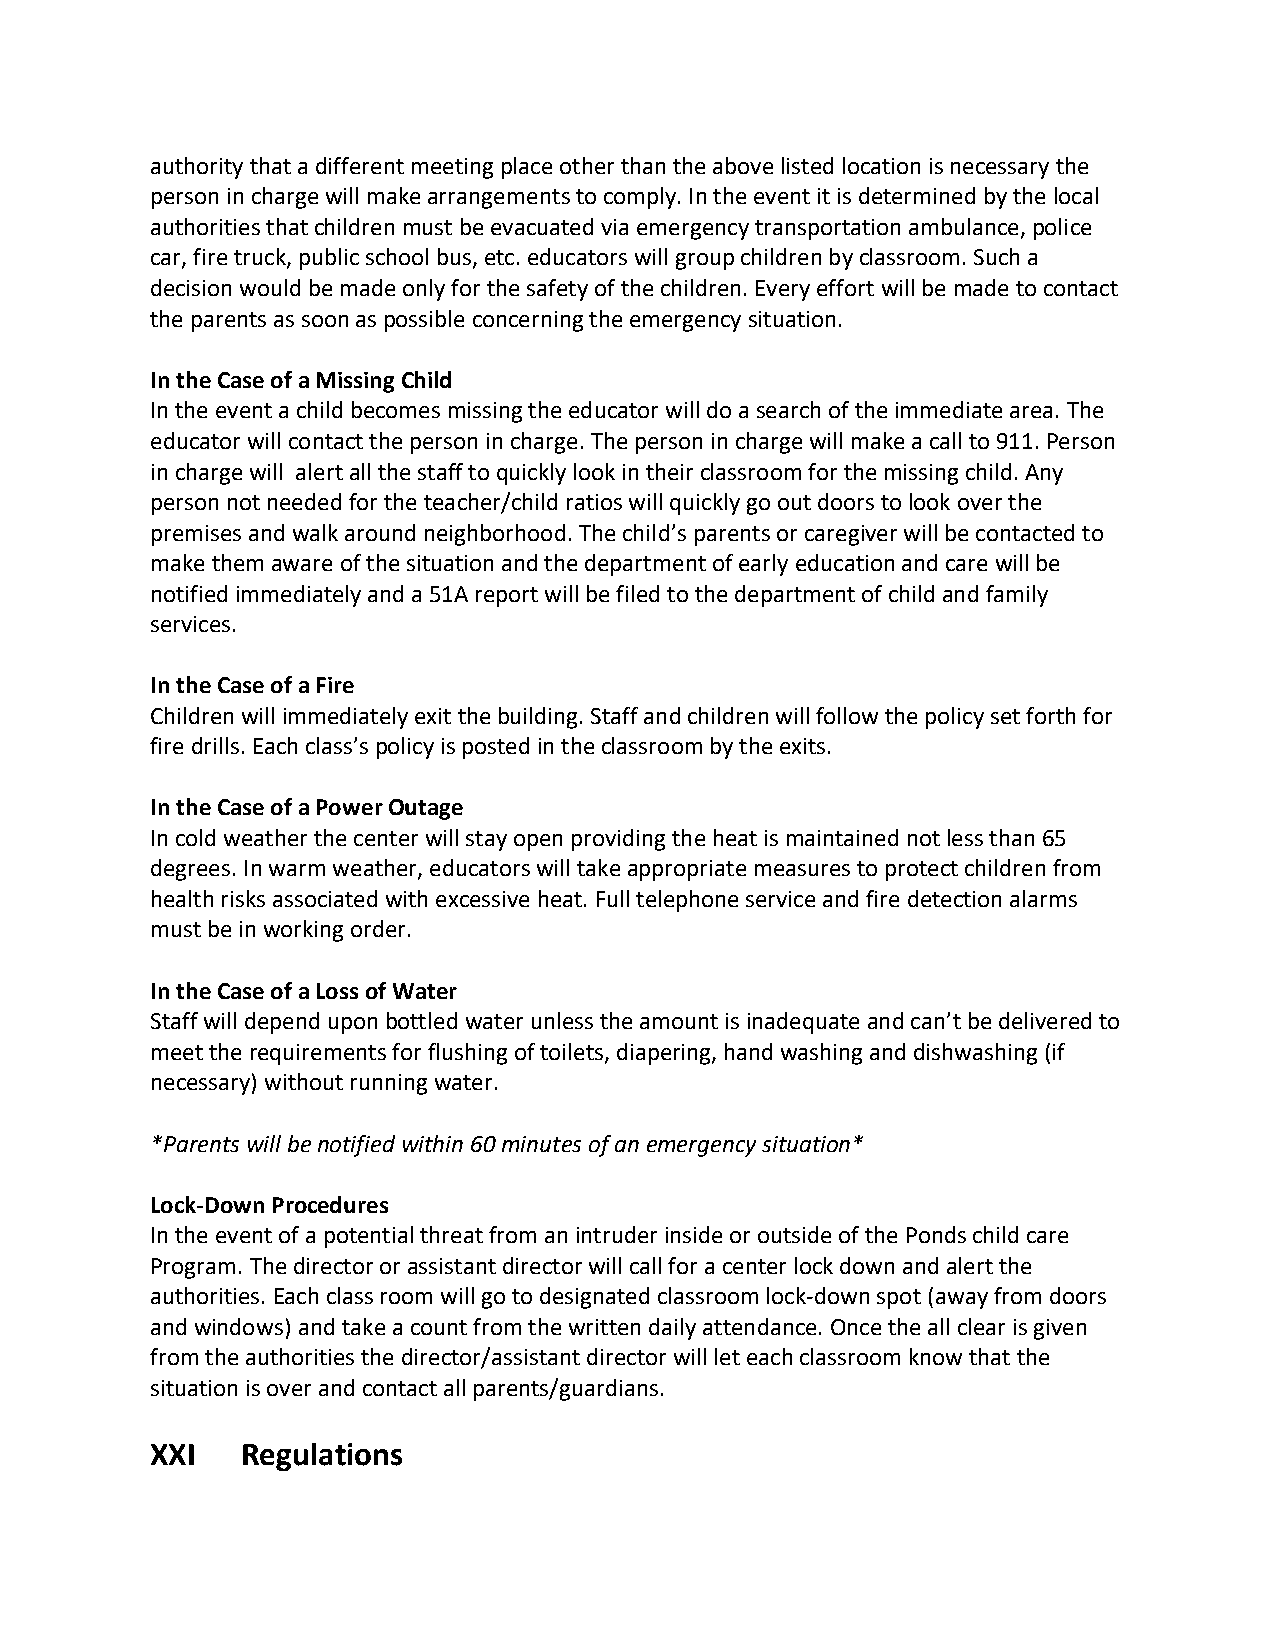
authority that a different meeting place other than the above listed location is necessary the
 person in charge will make arrangements to comply. In the event it is determined by the local
 authorities that children must be evacuated via emergency transportation ambulance, police
 car, fire truck, public school bus, etc. educators will group children by classroom. Such a
 decision would be made only for the safety of the children. Every effort will be made to contact
 the parents as soon as possible concerning the emergency situation.
 In the Case of a Missing Child
 In the event a child becomes missing the educator will do a search of the immediate area. The
 educator will contact the person in charge. The person in charge will make a call to 911. Person
 in charge will alert all the staff to quickly look in their classroom for the missing child. Any
 person not needed for the teacher/child ratios will quickly go out doors to look over the
 premises and walk around neighborhood. The child’s parents or caregiver will be contacted to
 make them aware of the situation and the department of early education and care will be
 notified immediately and a 51A report will be filed to the department of child and family
 services.
 In the Case of a Fire
 Children will immediately exit the building. Staff and children will follow the policy set forth for
 fire drills. Each class’s policy is posted in the classroom by the exits.
 In the Case of a Power Outage
 In cold weather the center will stay open providing the heat is maintained not less than 65
 degrees. In warm weather, educators will take appropriate measures to protect children from
 health risks associated with excessive heat. Full telephone service and fire detection alarms
 must be in working order.
 In the Case of a Loss of Water
 Staff will depend upon bottled water unless the amount is inadequate and can’t be delivered to
 meet the requirements for flushing of toilets, diapering, hand washing and dishwashing (if
 necessary) without running water.
 *Parents will be notified within 60 minutes of an emergency situation*
 Lock-Down Procedures
 In the event of a potential threat from an intruder inside or outside of the Ponds child care
 Program. The director or assistant director will call for a center lock down and alert the
 authorities. Each class room will go to designated classroom lock-down spot (away from doors
 and windows) and take a count from the written daily attendance. Once the all clear is given
 from the authorities the director/assistant director will let each classroom know that the
 situation is over and contact all parents/guardians.
 XXI   Regulations